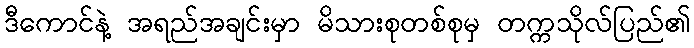
ဒီကောင်နဲ့ အရည်အချင်းမှာ မိသားစုတစ်စုမှ တက္ကသိုလ်ပြည်၏